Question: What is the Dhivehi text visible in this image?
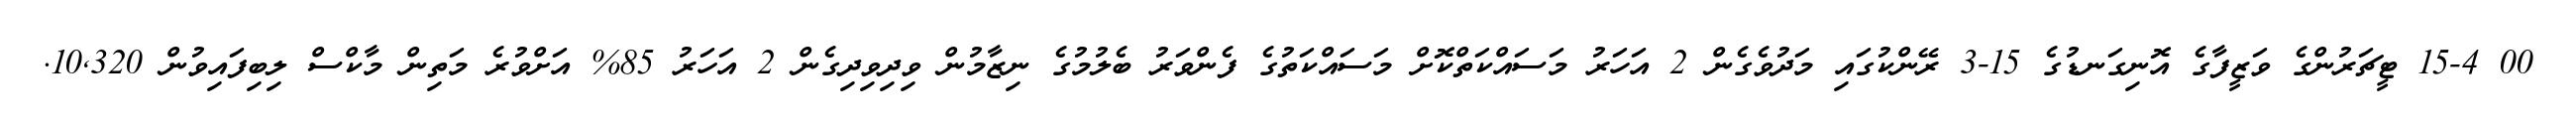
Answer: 00 15-4 ޓީޗަރުންގެ ވަޒީފާގެ އޮނިގަނޑުގެ 15-3 ރޭންކުގައި މަދުވެގެން 2 އަހަރު މަސައްކަތްކޮށް މަސައްކަތުގެ ފެންވަރު ބެލުމުގެ ނިޒާމުން ވިދިވިދިގެން 2 އަހަރު 85% އަށްވުރެ މަތިން މާކްސް ލިބިފައިވުން 10,320.